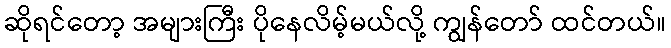
ဆိုရင်တော့ အများကြီး ပိုနေလိမ့်မယ်လို့ ကျွန်တော် ထင်တယ်။